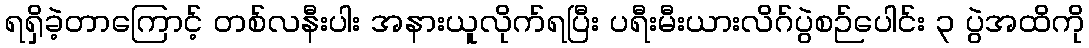
ရရှိခဲ့တာကြောင့် တစ်လနီးပါး အနားယူလိုက်ရပြီး ပရီးမီးယားလိဂ်ပွဲစဉ်ပေါင်း ၃ ပွဲအထိကို